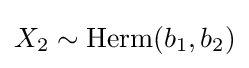
X_{2}\sim \operatorname {Herm} (b_{1},b_{2})